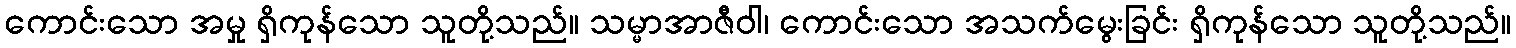
ကောင်းသော အမှု ရှိကုန်သော သူတို့သည်။ သမ္မာအာဇီဝါ၊ ကောင်းသော အသက်မွေးခြင်း ရှိကုန်သော သူတို့သည်။